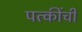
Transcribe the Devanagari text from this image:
पत्कींची